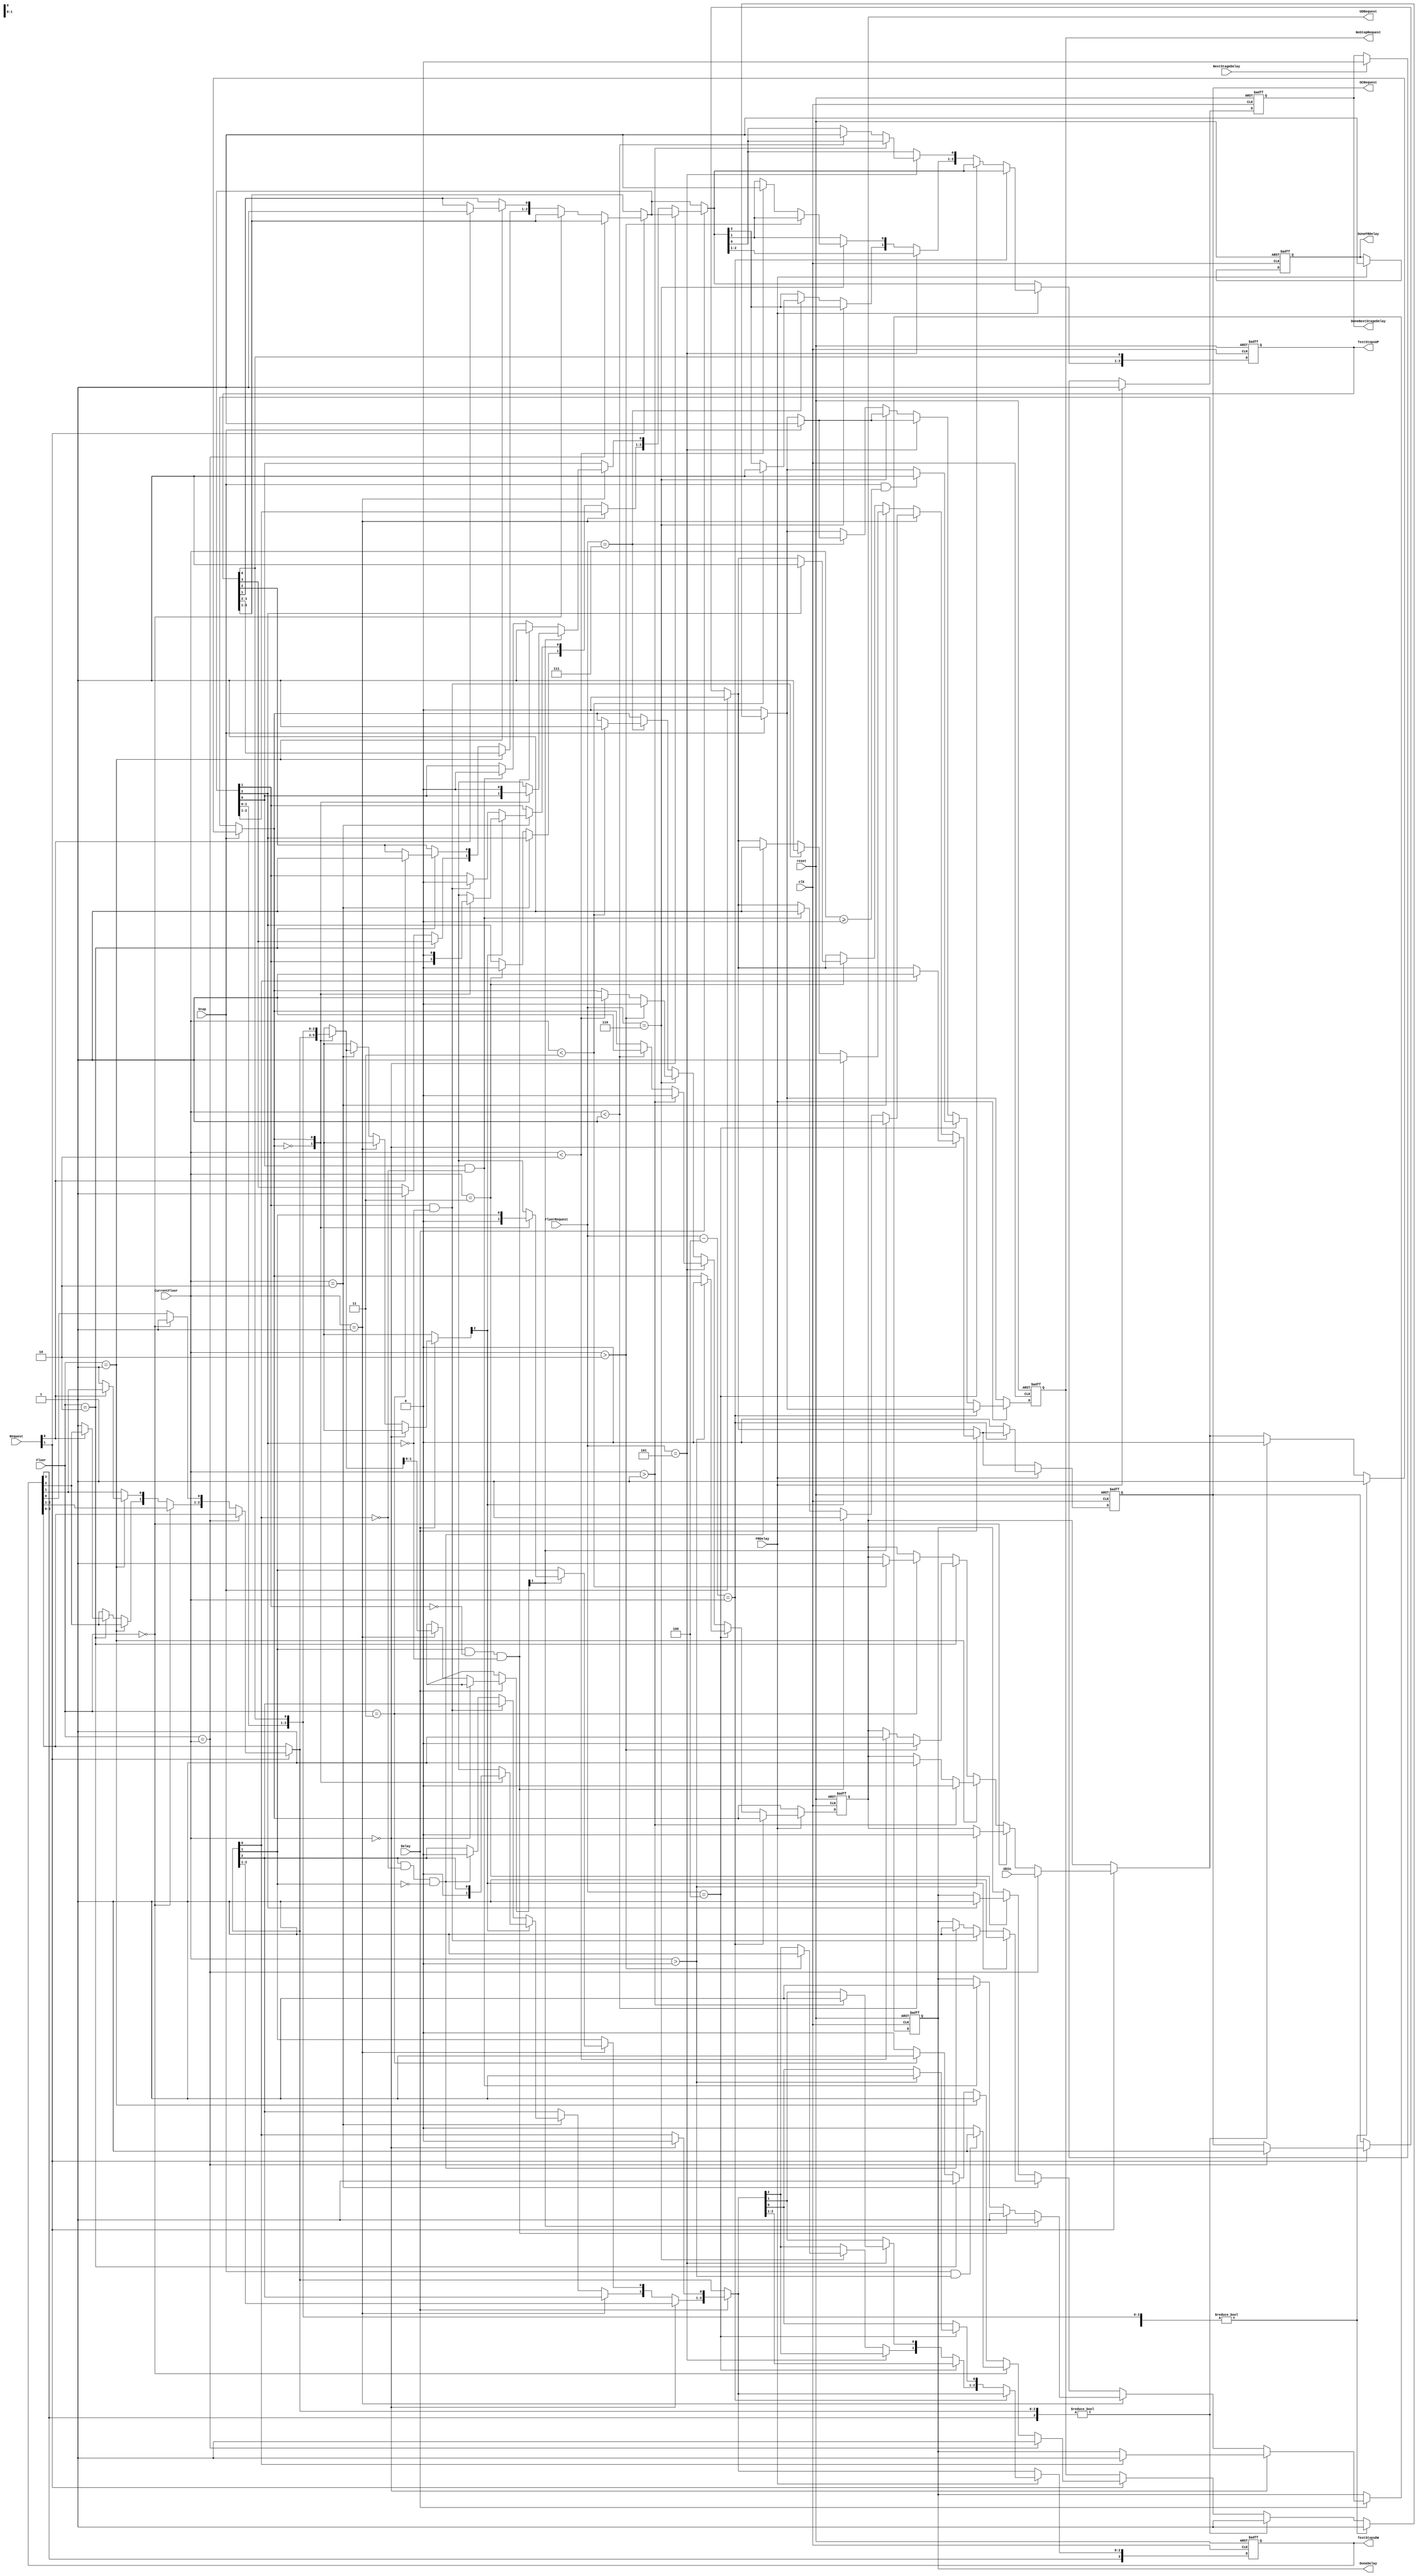
`timescale 1ns / 1ps

module memory_manager(
	 input clk,
	 input reset,
    input [1:0] Floor,			//Piso de Solicitud
    input [1:0] Request,		//Solicitud MSB: Si(1) No(0) LSB: Sube(1) Baja(0)
    input [1:0] CurrentFloor,	//Piso Actual
	 input UDIn,					//Subiendo o Bajando
	 input [2:0] FloorRequest,	//Solicitud de Piso
	 input FRDelay,				//Se presiono un boton de ir a un piso
	 input Delay,					//Llego a un piso
	 input NextStageDelay,
	 input Stop,					//Termino ejecucion y se detuvo en el piso
	 output OCRequest,			//Open or Closed Request
	 output UDRequest,			//Up or Down Request
	 output NoStopRequest,
	 output DoneDelay,
	 output DoneFRDelay,
	 output DoneNextStageDelay,
	 output [3:0]TestStopsUP,
	 output [3:0]TestStopsDW
    );
	 
	 localparam NCola = 4;
	 reg reg_DoneNextStageDelay;
	 reg reg_DoneDelay;
	 reg reg_DoneFRDelay;
	 reg reg_OCRequest;
	 reg reg_UDRequest;
	 reg reg_NoStopRequest;
	 reg [3:0] index;
	 reg [3:0] Counter;			//Contador de Posicion de Memoria
	 reg [3:0] Stops[1:0];			//Pisos en los que hay que parar subiendo
	 
	 initial begin
	 Stops[0] = 0;
	 Stops[1] = 0;
	 reg_OCRequest = 0;
	 reg_UDRequest = 0;
	 reg_NoStopRequest = 0;
	 reg_DoneDelay = 0;
	 reg_DoneFRDelay = 0;
	 reg_DoneNextStageDelay = 0;
	 end
	 
always@(posedge clk or posedge reset)begin
	 
	 if(reset == 1)begin
		Stops[0] = 0;
		Stops[1] = 0;
		reg_OCRequest = 0;
		reg_UDRequest = 0;
		reg_NoStopRequest = 0;
		reg_DoneDelay = 0;
		reg_DoneFRDelay = 0;
		reg_DoneNextStageDelay = 0;
	 end
	 
	 else begin
	 
	 begin
	 if(NextStageDelay == 1)//Verifica que ya no est presionando un boton de ir a Piso
		reg_DoneNextStageDelay = 0;
	 end
	 
	 begin
	 if(Request[1] == 1)begin//Interrupcin Request en Algun Piso
		reg_NoStopRequest = 0; //Detiene la maquina
		if(Floor == CurrentFloor)begin
			reg_OCRequest = 1;
			reg_UDRequest = UDIn;
			if(Stop == 1)
				reg_NoStopRequest = 1; //Reunicia la maquin
		end
		else begin
			if(Floor == 0) begin
				Stops[0][0] = 1;
				if(Stop == 1 && CurrentFloor > 0)
					reg_NoStopRequest = 1; //Reunicia la maquina
				if(CurrentFloor > 0)
					reg_UDRequest = 0;
			end
			else if(Floor == 1) begin
				if(Request[0] == 1)
					Stops[1][1] = 1;
				else if(Request[0] == 0)
					Stops[0][1] = 1;
				if(Stop == 1)
					reg_NoStopRequest = 1; //Reunicia la maquin
				if(CurrentFloor > 1)
					reg_UDRequest = 0;
				else if(CurrentFloor < 1)
					reg_UDRequest = 1;
			end
			else if(Floor == 2)begin
				if(Request[0] == 1)
					Stops[1][2] = 1;
				else if(Request[0] == 0)
					Stops[0][2] = 1;
				if(Stop == 1)
					reg_NoStopRequest = 1; //Reunicia la maquina
				if(CurrentFloor > 2)
					reg_UDRequest = 0;
				else if(CurrentFloor < 2)
					reg_UDRequest = 1;
			end
			else if(Floor == 3)begin
				Stops[1][3] = 1;
				if(Stop == 1)
					reg_NoStopRequest = 1; //Reunicia la maquina
				if(CurrentFloor < 3)
					reg_UDRequest = 1;
			end
		end
	end//end bloque ifs
	end
	 
	 /*if(Stops[0] == 0 && Stops[1] == 0)begin//No hay mas instrucciones que verificar
		reg_NoStopRequest = 0;
	 end*/
	
	begin
	if(Stop == 1)begin//Interrupcion de fin de ejecucion y esta en espera
		reg_OCRequest = 0;
		if(Stops[1] != 0)begin
			reg_UDRequest = 1;
			reg_NoStopRequest = 1; //Reunicia la maquina
		end
		else if(Stops[0] != 0)begin
			reg_UDRequest = 0;
			reg_NoStopRequest = 1; //Reunicia la maquina
		end
	 end
	 else
		reg_NoStopRequest = 0;
	
	 if(Delay == 1)begin//Interrupcion de Abrir o Cerrar Puertas
		if(CurrentFloor == 0)begin				//Piso 1
			if(Stops[0][0] == 1)begin				//Hay que parar en este piso
				reg_OCRequest = 1;
				Stops[0][0] = 0;
				reg_DoneDelay = 1;
			end
			//else
				//reg_UDRequest = UDIn;
		end
		else if(CurrentFloor == 1)begin		//Piso 2
			if(Stops[reg_UDRequest][1] == 1)begin				//Hay que parar en este piso
				reg_OCRequest = 1;
				Stops[reg_UDRequest][1] = 0;
				reg_DoneDelay = 1;
			end
			else if(Stops[0][1] && Stops[1][2] == 0 && Stops[1][3] == 0)begin
				reg_OCRequest = 1;
				//Stops[1][1] = 0;
				Stops[1][1] = 1;
				reg_DoneDelay = 1;
			end
			else if(Stops[1][1] && Stops[0][0] == 0)begin
				reg_OCRequest = 1;
				//Stops[0][1] = 0;
				Stops[1][1] = 0;
				reg_DoneDelay = 1;
			end
			//else
				//reg_UDRequest = UDIn;
		end
		else if(CurrentFloor == 2)begin		//Piso 3
			if(Stops[reg_UDRequest][2] == 1)begin//Hay que parar en este piso
				reg_OCRequest = 1;
				Stops[reg_UDRequest][2] = 0;
				reg_DoneDelay = 1;
			end
			else if(Stops[1][2] == 1 && Stops[1][3] == 0)begin
				reg_OCRequest = 1;
				//Stops[0][2] = 0;
				Stops[1][2] = 0;
				reg_DoneDelay = 1;
			end
			else if(Stops[0][2] == 1 && Stops[0][0] == 0 && Stops[0][1] == 0)begin
				reg_OCRequest = 1;
				//Stops[1][2] = 0;
				Stops[0][2] = 0;
				reg_DoneDelay = 1;
			end
			//else
				//reg_UDRequest = UDIn;
		end
		else if(CurrentFloor == 3)begin		//Piso 4
			if(Stops[1][3] == 1)begin			//Hay que parar en este piso
				reg_OCRequest = 1;
				Stops[1][3] = 0;
				reg_DoneDelay = 1;
			end
			//else
				//reg_UDRequest = UDIn;
		end
	end//end current floor ifs
	end
	
	
	begin
	if(FRDelay == 1)begin//Nuevo Request de Destino de Piso
		if(FloorRequest-4'd4 == CurrentFloor)begin
			reg_DoneNextStageDelay = 1;
			reg_DoneFRDelay = 1;
		end
		else begin
			if(FloorRequest == 4)begin
				if(Stop == 1 && CurrentFloor >= 0)
					reg_NoStopRequest = 1; //Reunicia la maquina
				if(CurrentFloor > 0)begin
					Stops[0][0] = 1;
					reg_UDRequest = 0;
				end
			end
			else if(FloorRequest == 5)begin
				if(Stop == 1)
					reg_NoStopRequest = 1; //Reunicia la maquin
				if(CurrentFloor > 1)begin
					Stops[0][1] = 1;
					reg_UDRequest = 0;
				end
				else if(CurrentFloor < 1)begin
					Stops[1][1] = 1;
					reg_UDRequest = 1;
				end
			end
			else if(FloorRequest == 6)begin
				if(Stop == 1)
					reg_NoStopRequest = 1; //Reunicia la maquina
				if(CurrentFloor > 2)begin
					Stops[0][2] = 1;
					reg_UDRequest = 0;
				end
				else if(CurrentFloor < 2)begin
					Stops[1][2] = 1;
					reg_UDRequest = 1;
				end
			end
			else if(FloorRequest == 7)begin
				if(Stop == 1)
					reg_NoStopRequest = 1; //Reunicia la maquina
				if(CurrentFloor < 3)begin
					Stops[1][3] = 1;
					reg_UDRequest = 1;
				end
			end
			reg_OCRequest = 0;
			reg_DoneNextStageDelay = 1;
			reg_DoneFRDelay = 1;
		end
	end//end bloque ifs	
	end
	
end//end else
end//end always

assign DoneNextStageDelay = reg_DoneNextStageDelay;
assign DoneFRDelay = reg_DoneFRDelay;
assign DoneDelay = reg_DoneDelay;
assign UDRequest = reg_UDRequest;
assign OCRequest = reg_OCRequest;
assign NoStopRequest = reg_NoStopRequest;
assign TestStopsUP = Stops[1];
assign TestStopsDW = Stops[0];
endmodule